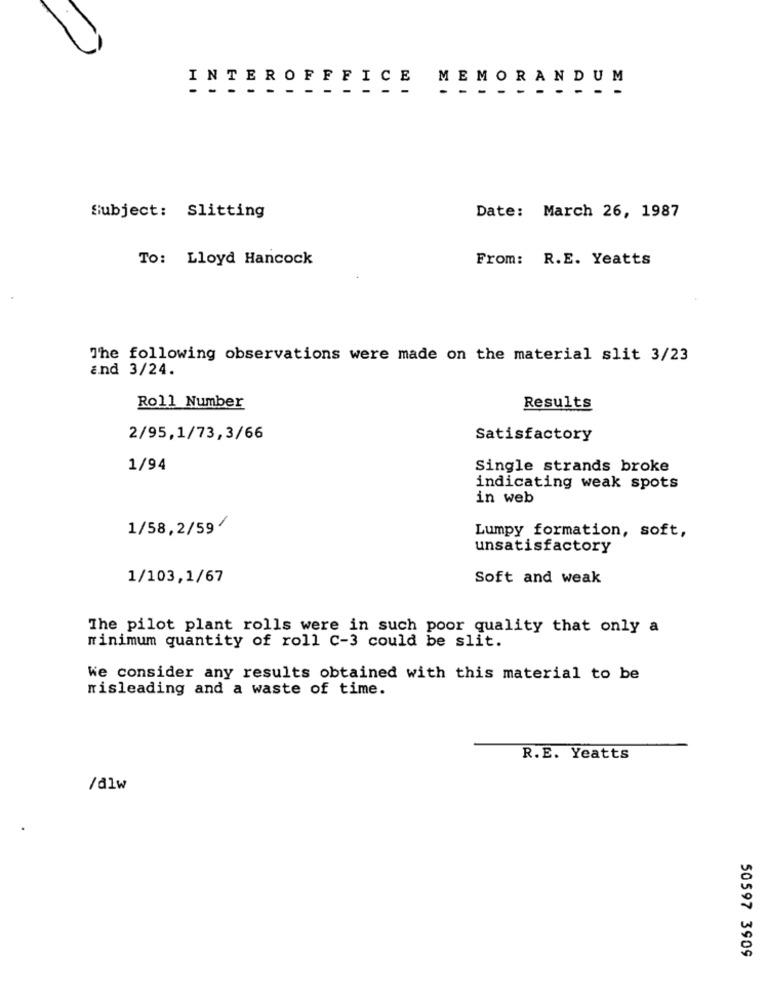
INTERO
FFF
ICE
MEMO
RANDUM
Subject: Slitting
Date: March 26, 1987
To: Lloyd Hancock
From: R.E. Yeatts
The following observations were made on the material slit 3/23
and 3/24.
Roll Number
Results
2/95,1/73,3/66
Satisfactory
1/94
Single strands broke
indicating weak spots
in web
1/58,2/59/
Lumpy formation, soft,
unsatisfactory
1/103,1/67
Soft and weak
The pilot plant rolls were in such poor quality that only a
minimum quantity of roll c-3 could be slit.
We consider any results obtained with this material to be
misleading and a waste of time.
R.E. Yeatts
/dlw
50597 3909